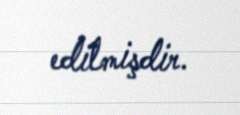
edilmişdir.